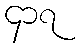
၄၁၇